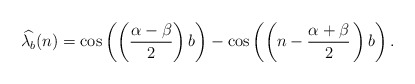
\begin{align*}{\widehat {\lambda_b}}(n)=\cos \left(\left(\frac{\alpha-\beta}{2}\right) b\right)-\cos \left(\left(n-\frac{\alpha+\beta}{2}\,\right)b\right). \end{align*}